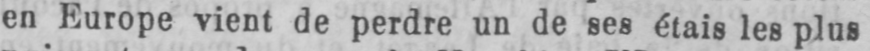
en Europe vient de perdre un de ses étais les plus